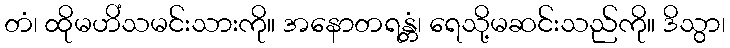
တံ၊ ထိုမဟိံသမင်းသားကို။ အနောတရန္တံ၊ ရေသို့မဆင်းသည်ကို။ ဒိသွာ၊